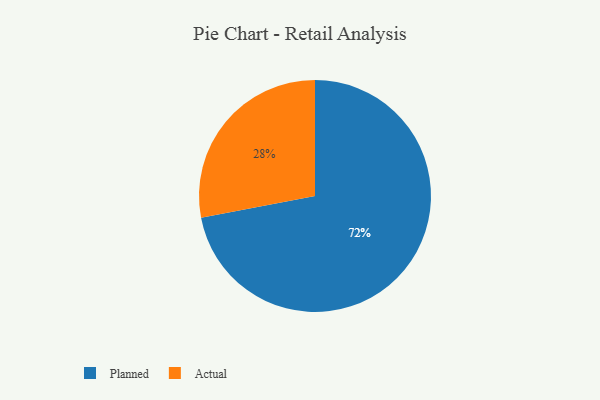
{"axis": {"x": "Category", "y": "Percentage"}, "legend": ["Actual", "Planned"], "data": [{"x": "Actual", "y": 28, "type": "Actual"}, {"x": "Planned", "y": 72, "type": "Planned"}]}